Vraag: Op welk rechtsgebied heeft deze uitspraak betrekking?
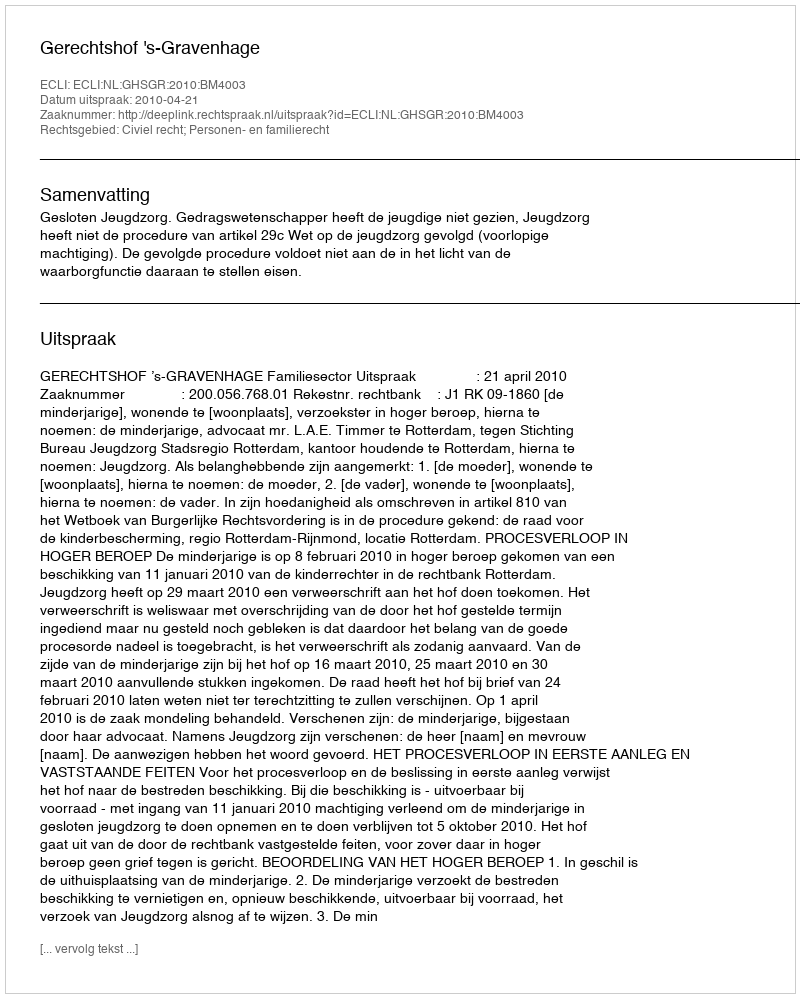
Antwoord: Civiel recht; Personen- en familierecht